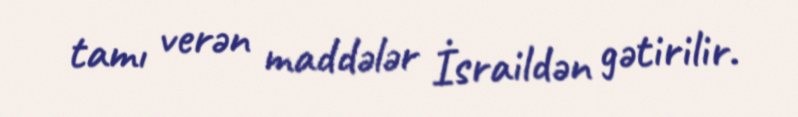
tamı verən maddələr İsraildən gətirilir.